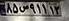
۸۵س۹۱۱۱۳